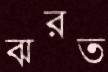
ঝরত